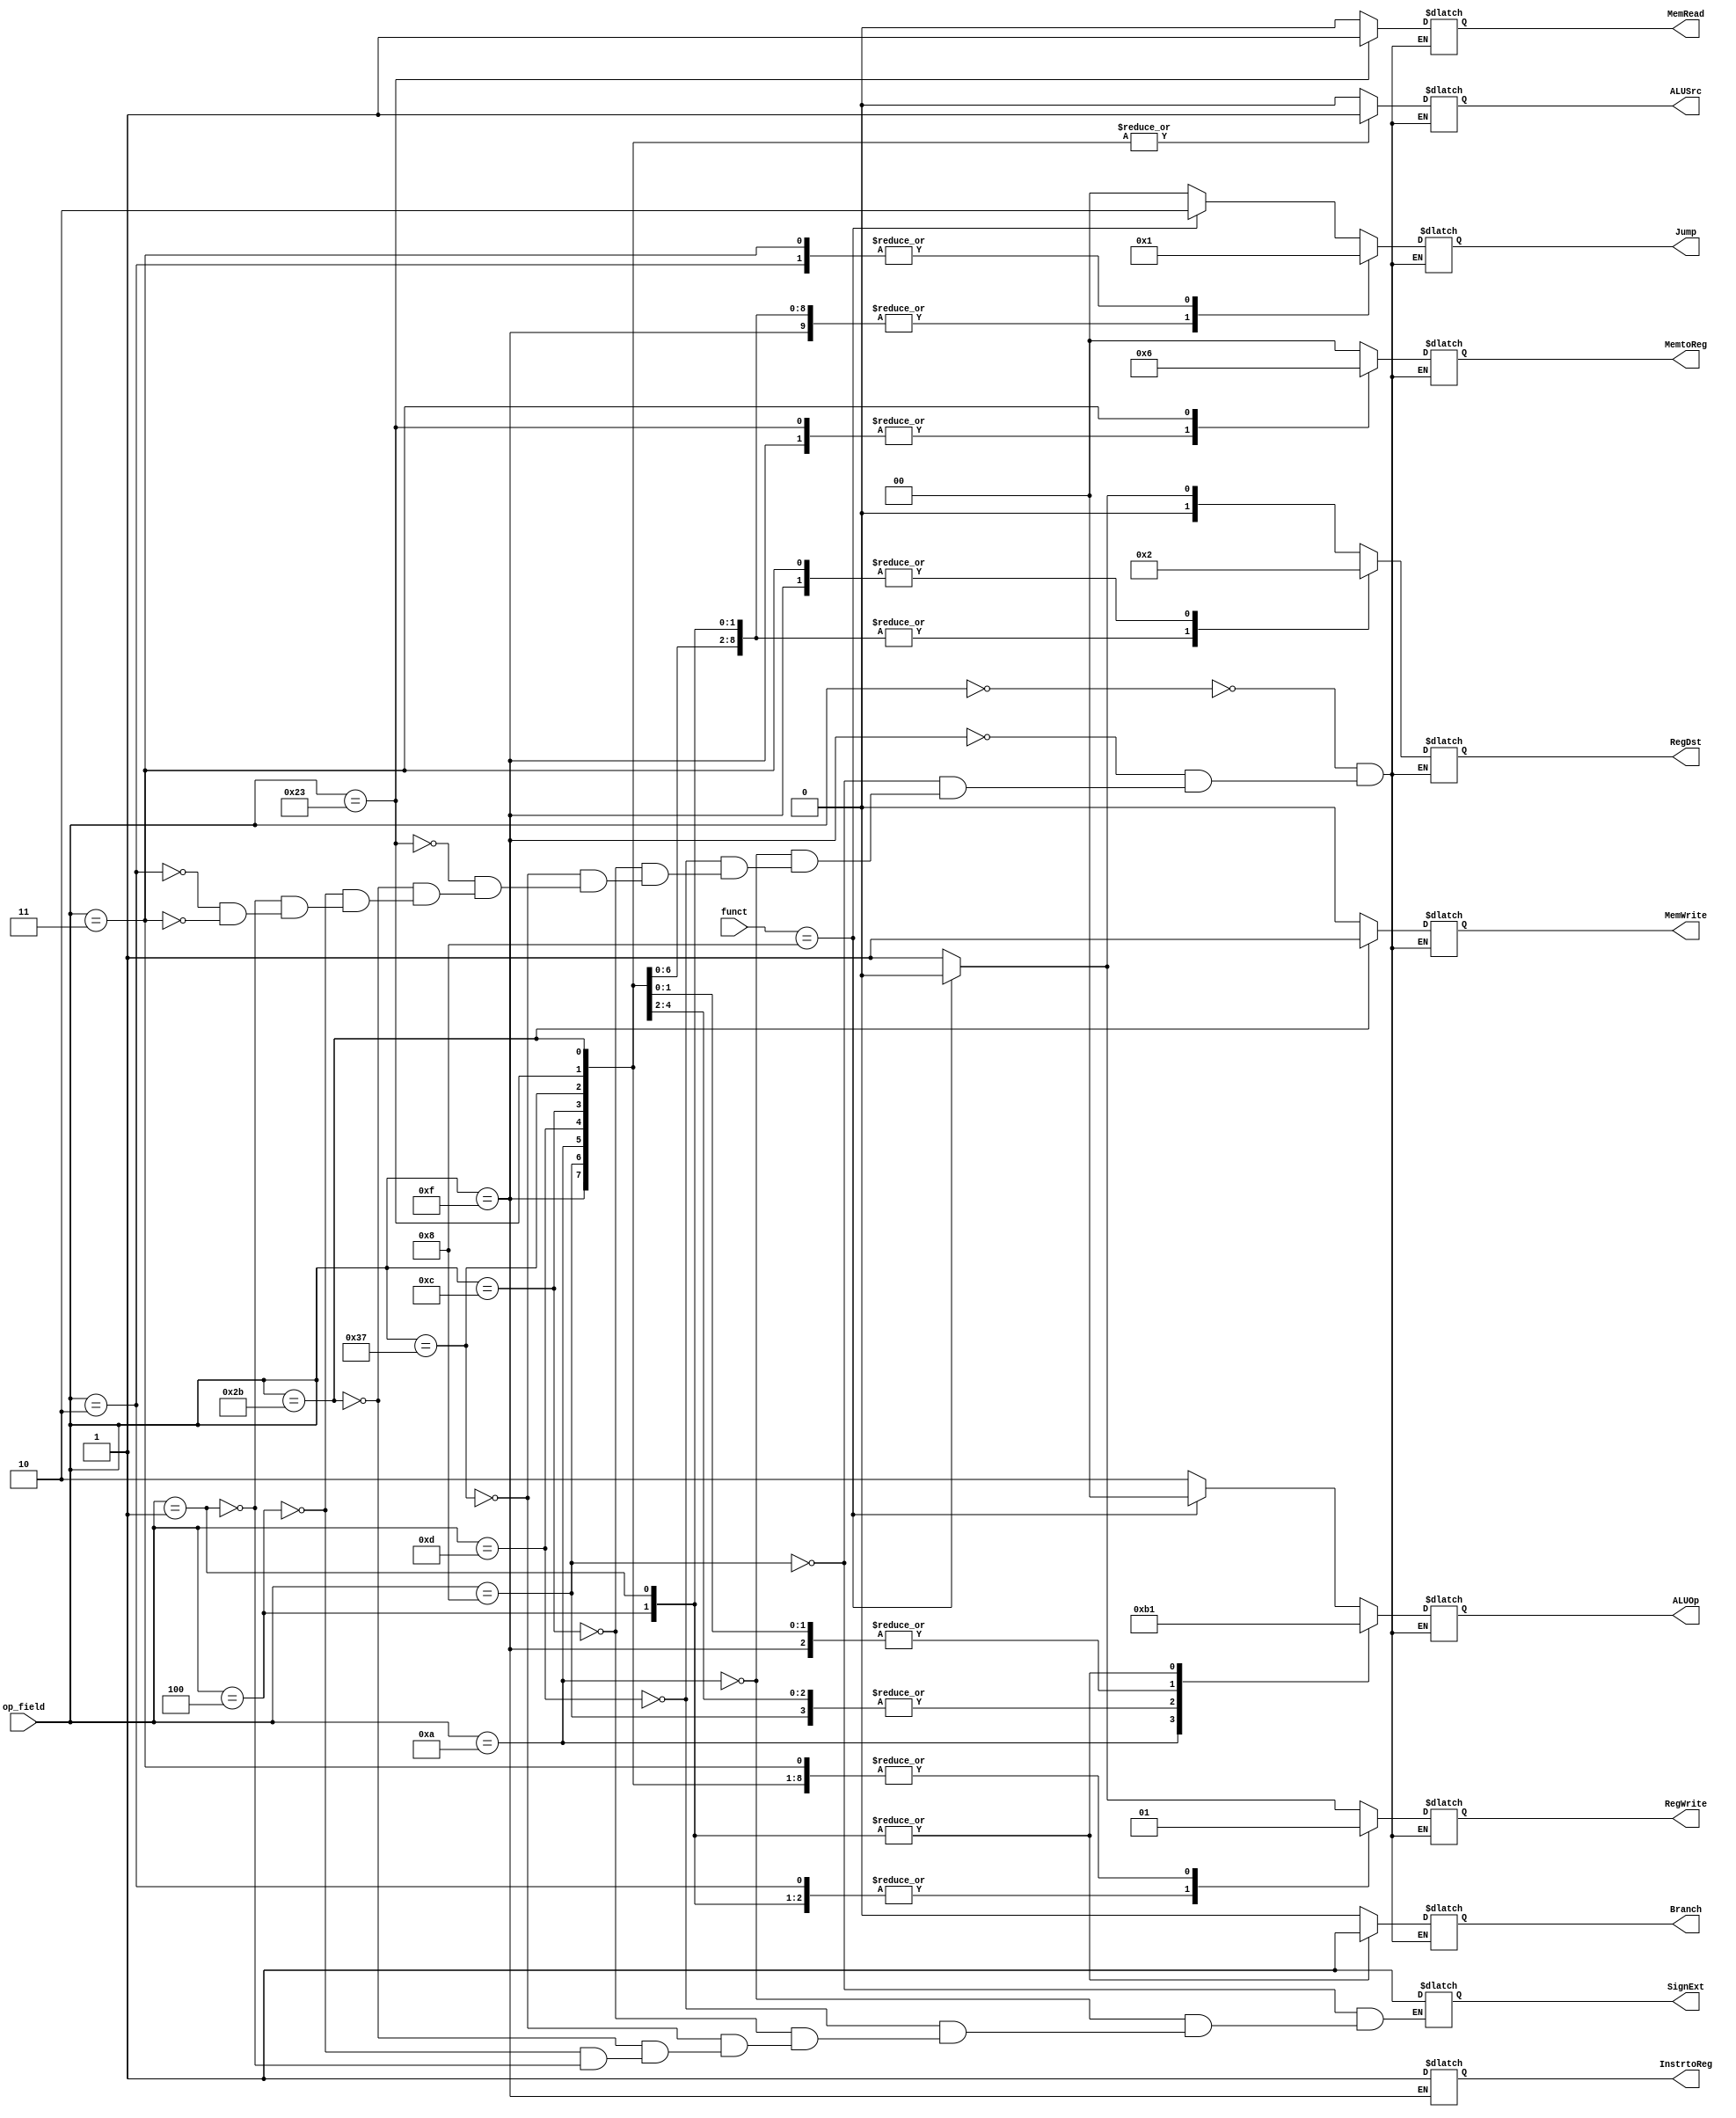
module mainControl(op_field, funct, RegDst, Branch, MemRead, MemtoReg, ALUOp, MemWrite, ALUSrc, RegWrite, Jump, SignExt,InstrtoReg);
  input [5:0] op_field;
  input [5:0] funct;
	
  output SignExt;
  output [1:0] RegDst;
  output Branch;
  output MemRead;
  output [1:0] MemtoReg;
  output [1:0] ALUOp;
  output MemWrite;
  output ALUSrc;
  output RegWrite;
  output [1:0] Jump;
  output InstrtoReg;
  
  reg reg_InstrtoReg;  
  reg [1:0] reg_RegDst;
  reg reg_Branch;
  reg reg_MemRead;
  reg [1:0] reg_MemtoReg;
  reg [1:0] reg_ALUOp;
  reg reg_MemWrite;
  reg reg_ALUSrc;
  reg reg_RegWrite;
  reg [1:0] reg_Jump;
  reg reg_SignExt;
  always@(op_field or funct)begin
  case (op_field)




    6'b000000 : // R-type
      begin
        if(funct == 6'b001000)begin
          $display("jr called");
          reg_RegDst = 2'b00;
          reg_Branch = 1'b0;
          reg_MemRead = 1'b0;
          reg_MemtoReg = 2'b00;
          reg_ALUOp = 2'b00;
          reg_MemWrite = 1'b0;
          reg_ALUSrc = 1'b0;
          reg_RegWrite = 1'b0;
          reg_Jump = 2'b10;
	
        end
        else begin
          reg_RegDst = 2'b01;
          reg_Branch = 1'b0;
          reg_MemRead = 1'b0;
          reg_MemtoReg = 2'b00;
          reg_ALUOp = 2'b10;
          reg_MemWrite = 1'b0;
          reg_ALUSrc = 1'b0;
          reg_RegWrite = 1'b1;
          reg_Jump = 2'b00;
        end

      end

 6'b001111 : // r-type " lui "
      begin
        $display("lui detected");
        reg_RegDst = 2'b10;
        reg_Branch = 1'b0;
        reg_MemRead = 1'b0;
        reg_MemtoReg = 2'b01;
        reg_ALUOp = 2'b00;
        reg_MemWrite = 1'b0;
        reg_ALUSrc = 1'b1;
        reg_RegWrite = 1'b1;
        reg_Jump = 2'b00;
        reg_InstrtoReg=1'b1;
      end
6'b000000 : begin // R - type
     reg_RegDst = 2'b1;
     reg_ALUSrc = 1'b0;
     reg_MemtoReg= 2'b0;
     reg_RegWrite= 1'b1;
     reg_MemRead = 1'b0;
     reg_MemWrite= 1'b0;
     reg_Branch = 1'b0;
     reg_ALUOp = 2'b10;
     reg_Jump = 2'b0;
  
    end


    6'b001000 : // I-type : addi
      begin
        $display("addi called");
        reg_RegDst = 2'b00;
        reg_Branch = 1'b0;
        reg_MemRead = 1'b0;
        reg_MemtoReg = 2'b00;
        reg_ALUOp = 2'b11;
        reg_MemWrite = 1'b0;
        reg_ALUSrc = 1'b1;
        reg_RegWrite = 1'b1;
        reg_Jump = 2'b00;
	reg_SignExt=1'b1;
      end

    6'b001010 : // I-type : slti
      begin
        $display("slti called");
        reg_RegDst = 2'b00;
        reg_Branch = 1'b0;
        reg_MemRead = 1'b0;
        reg_MemtoReg = 2'b00;
        reg_ALUOp = 2'b10;
        reg_MemWrite = 1'b0;
        reg_ALUSrc = 1'b1;
        reg_RegWrite = 1'b1;
        reg_Jump = 2'b00;
	reg_SignExt=1'b1;
      end
	
    6'b001101: // I-type : ori
      begin
        $display("ori called");
        reg_RegDst = 2'b00;
        reg_Branch = 1'b0;
        reg_MemRead = 1'b0;
        reg_MemtoReg = 2'b00;
        reg_ALUOp = 2'b11;
        reg_MemWrite = 1'b0;
        reg_ALUSrc = 1'b1;
        reg_RegWrite = 1'b1;
        reg_Jump = 2'b00;
	reg_SignExt=1'b1;
      end
    
    6'b001100 : // I-type :  andi
      begin
        $display(" andi called");
        reg_RegDst = 2'b00;
        reg_Branch = 1'b0;
        reg_MemRead = 1'b0;
        reg_MemtoReg = 2'b00;
        reg_ALUOp = 2'b11;
        reg_MemWrite = 1'b0;
        reg_ALUSrc = 1'b1;
        reg_RegWrite = 1'b1;
        reg_Jump = 2'b00;
	reg_SignExt=1'b1;
      end

    6'b110111 : // I-type : subi
      begin
        $display("subi called");
        reg_RegDst = 2'b00;
        reg_Branch = 1'b0;
        reg_MemRead = 1'b0;
        reg_MemtoReg = 2'b00;
        reg_ALUOp = 2'b11;
        reg_MemWrite = 1'b0;
        reg_ALUSrc = 1'b1;
        reg_RegWrite = 1'b1;
        reg_Jump = 2'b00;
	reg_SignExt=1'b1;
      end


    6'b100011 : // I-type : lw
      begin
        $display("lw called");
        reg_RegDst = 2'b00;
        reg_Branch = 1'b0;
        reg_MemRead = 1'b1;
        reg_MemtoReg = 2'b01;
        reg_ALUOp = 2'b00;
        reg_MemWrite = 1'b0;
        reg_ALUSrc = 1'b1;
        reg_RegWrite = 1'b1;
        reg_Jump = 2'b00;
      end
    6'b101011 : // I-type : sw
      begin
        $display("sw called");
        reg_RegDst = 2'b00;
        reg_Branch = 1'b0;
        reg_MemRead = 1'b0;
        reg_MemtoReg = 2'b??;
        reg_ALUOp = 2'b00;
        reg_MemWrite = 1'b1;
        reg_ALUSrc = 1'b1;
        reg_RegWrite = 1'b1;
        reg_Jump = 2'b00;
	reg_SignExt=1'b1;
      end

    6'b000100 : // I-type : beq 
      begin
        $display("beq called");
        reg_RegDst = 2'b00;
        reg_Branch = 1'b1;
        reg_MemRead = 1'b0;
        reg_MemtoReg = 2'b00;
        reg_ALUOp = 2'b01;
        reg_MemWrite = 1'b0;
        reg_ALUSrc = 1'b0;
        reg_RegWrite = 1'b0;
        reg_Jump = 2'b00;
	reg_SignExt=1'b1;
      end

    6'b000100 : // I-type : bne
      begin
        $display("bne called");
        reg_RegDst = 2'b00;
        reg_Branch = 1'b1;
        reg_MemRead = 1'b0;
        reg_MemtoReg = 2'b00;
        reg_ALUOp = 2'b01;
        reg_MemWrite = 1'b0;
        reg_ALUSrc = 1'b0;
        reg_RegWrite = 1'b0;
        reg_Jump = 2'b00;
	reg_SignExt=1'b1;
      end

    6'b000001 : // I-type : bgez
      begin
        $display("bgez called");
        reg_RegDst = 2'b00;
        reg_Branch = 1'b1;
        reg_MemRead = 1'b0;
        reg_MemtoReg = 2'b00;
        reg_ALUOp = 2'b01;
        reg_MemWrite = 1'b0;
        reg_ALUSrc = 1'b0;
        reg_RegWrite = 1'b0;
        reg_Jump = 2'b00;
	reg_SignExt=1'b1;
      end

    6'b000010 : // j-type : j
      begin
        $display("jump called");
        reg_RegDst = 2'b??;
        reg_Branch = 1'b0;
        reg_MemRead = 1'b0;
        reg_MemtoReg = 2'b??;
        reg_ALUOp = 2'b??;
        reg_MemWrite = 1'b0;
        reg_ALUSrc = 1'b?;
        reg_RegWrite = 1'b0;
        reg_Jump = 2'b01;
      end

    6'b000011 : // j-type : jal
      begin
        $display("jal called");
        reg_RegDst = 2'b10;
        reg_Branch = 1'b0;
        reg_MemRead = 1'b0;
        reg_MemtoReg = 2'b10;
        reg_ALUOp = 2'b??;
        reg_MemWrite = 1'b0;
        reg_ALUSrc = 1'b?;
        reg_RegWrite = 1'b1;
        reg_Jump = 2'b01;
      end

    endcase
  end

  assign InstrtoReg=reg_InstrtoReg;
  assign RegDst = reg_RegDst;
  assign Branch = reg_Branch;
  assign MemRead = reg_MemRead;
  assign MemtoReg = reg_MemtoReg;
  assign ALUOp = reg_ALUOp;
  assign MemWrite = reg_MemWrite;
  assign ALUSrc = reg_ALUSrc;
  assign RegWrite = reg_RegWrite;
  assign Jump = reg_Jump;
  assign SignExt= reg_SignExt;
endmodule